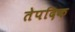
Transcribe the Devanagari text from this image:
तेपदिक